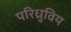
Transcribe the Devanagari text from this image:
परिध्रुविय